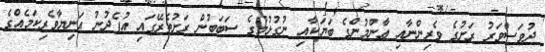
ދުވަސްވަރު ރަށުގެ ވެރިންނާއި ޢާންމުންގެ ބަޔަކާއި ނުގުޅުމުގެ ސަބަބުން ރަށުތެރޭގައި އުފެދުނު އަނިޔާވެރިކަމެއްގެ